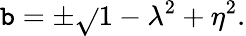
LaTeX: \mathtt{b}=\pm\sqrt{}{{1-\lambda^{2}+\eta^{2}}}.